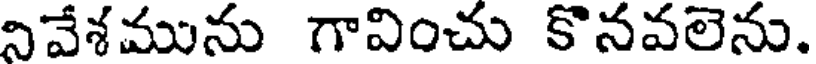
నివేశమును గావించు కొనవలెను.